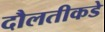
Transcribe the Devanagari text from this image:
दौलतीकडे